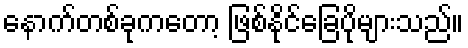
နောက်တစ်ခုကတော့ ဖြစ်နိုင်ခြေပိုများသည်။